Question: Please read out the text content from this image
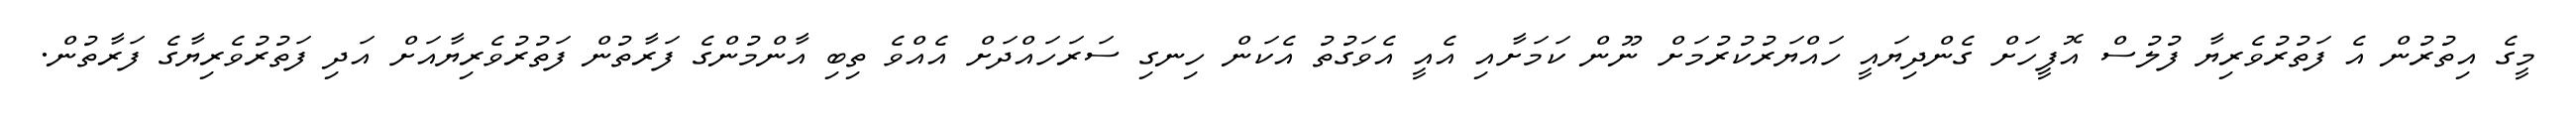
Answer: މީގެ އިތުރުން އެ ފަތުރުވެރިޔާ ފުލުސް އޮފީހަށް ގެންދިޔައީ ހައްޔަރުކުރުމަށް ނޫން ކަމަށާއި އެއީ އެވަގުތު އެކަން ހިނގި ސަރަހައްދަށް އެއްވެ ތިބި އާންމުންގެ ފަރާތުން ފަތުރުވެރިޔާއަށް އަދި ފަތުރުވެރިޔާގެ ފަރާތުން.